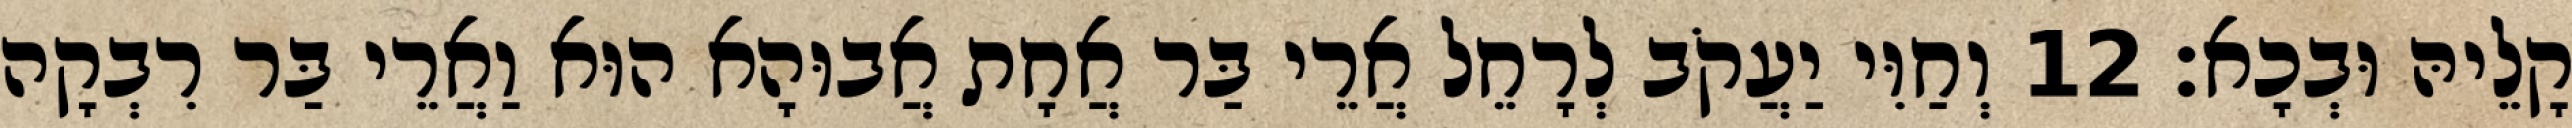
קָלֵיהּ וּבְכָא׃ 12 וְחַוִּי יַעֲקֹב לְרָחֵל אֲרֵי בַּר אֲחָת אֲבוּהָא הוּא וַאֲרֵי בַּר רִבְקָה